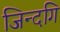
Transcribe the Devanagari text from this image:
जिन्दगि